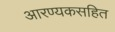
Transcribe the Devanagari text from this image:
आरण्यकसहित